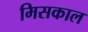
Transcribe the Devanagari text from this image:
मिसकाल